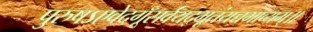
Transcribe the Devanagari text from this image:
पुरुषऽएवेदगूँसर्वंयद्भूतंयच्चभाव्यम्॥